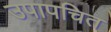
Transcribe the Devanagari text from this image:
उपापचित